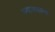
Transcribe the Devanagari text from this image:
ज्यामधल्या